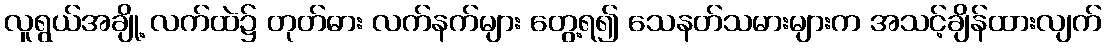
လူရွယ်အချို့ လက်ထဲ၌ တုတ်ဓား လက်နက်များ တွေ့ရ၍ သေနတ်သမားများက အသင့်ချိန်ထားလျက်